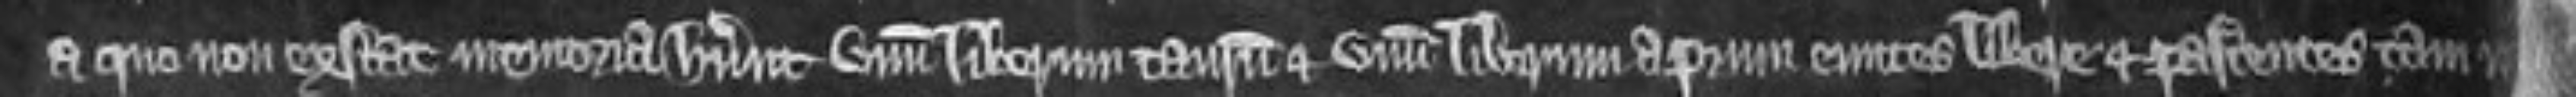
a quo non exstat memoria habuerunt unum liberum taurum et unum liberum aprum euntes libere et pascentes tam in